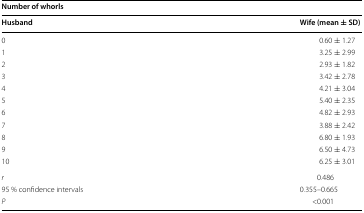
<table><thead><tr><td colspan="2"><b>Number of whorls</b></td></tr><tr><td><b>Husband</b></td><td><b>Wife (mean ± SD)</b></td></tr></thead><tbody><tr><td>0</td><td>0.60 ± 1.27</td></tr><tr><td>1</td><td>3.25 ± 2.99</td></tr><tr><td>2</td><td>2.93 ± 1.82</td></tr><tr><td>3</td><td>3.42 ± 2.78</td></tr><tr><td>4</td><td>4.21 ± 3.04</td></tr><tr><td>5</td><td>5.40 ± 2.35</td></tr><tr><td>6</td><td>4.82 ± 2.93</td></tr><tr><td>7</td><td>3.88 ± 2.42</td></tr><tr><td>8</td><td>6.80 ± 1.93</td></tr><tr><td>9</td><td>6.50 ± 4.73</td></tr><tr><td>10</td><td>6.25 ± 3.01</td></tr><tr><td><i>r</i></td><td>0.486</td></tr><tr><td>95 % confidence intervals</td><td>0.355–0.665</td></tr><tr><td><i>P</i></td><td>&lt;0.001</td></tr></tbody></table>